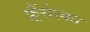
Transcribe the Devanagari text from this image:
फ़्रैंसेस्का